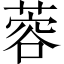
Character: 蓉